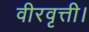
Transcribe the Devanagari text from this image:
वीरवृत्ती।